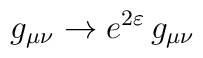
g_{\mu\nu}\to e^{2\varepsilon}\,g_{\mu\nu}